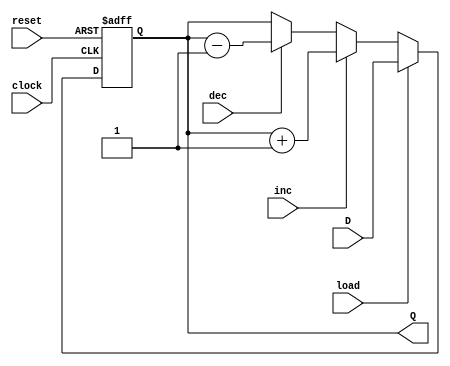
`timescale 1ns / 1ps
//////////////////////////////////////////////////////////////////////////////////
// Company:       CSULB
// Module Name:   reg32_LoadIncDec
// Project Name:  LabAssignment #6
// Target Device: Spartan 3E
// Description:   A 32 bit register with a Load enable and a Decrement/Increment
//
//////////////////////////////////////////////////////////////////////////////////
module reg32_LoadIncDec(clock, reset, D, Q, load, inc, dec);
//////////////////////////////////////////////////////////////////////////////////
//                               Declarations                                   //
//////////////////////////////////////////////////////////////////////////////////
   input         clock; // Clock
   input         reset; // Reset
   input         load;  // Load
   input         inc;   // Increment
   input         dec;   // Decrement
   input  [31:0] D;     // Data input
	
   output [31:0] Q;     // Data output
   reg    [31:0] Q;
 
//////////////////////////////////////////////////////////////////////////////////
//                             Synchronous Block                                //
//////////////////////////////////////////////////////////////////////////////////
   always @(posedge clock, posedge reset)
      if(reset)
         Q <= 32'h3FF;
      else if(load)
         Q <= D;
      else if(inc)
         Q <= Q + 32'b1;
      else if(dec)
         Q <= Q - 32'b1;
      else
         Q <= Q;	
			
endmodule